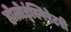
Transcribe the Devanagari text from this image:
होलोइंस्पिरेटरी